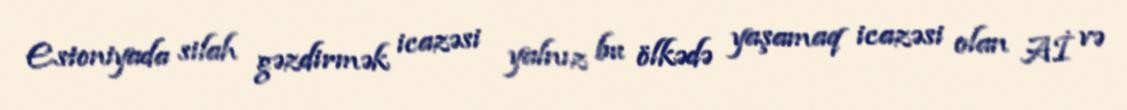
Estoniyada silah gəzdirmək icazəsi yalnız bu ölkədə yaşamaq icazəsi olan Aİ və